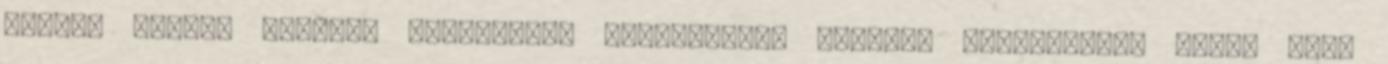
kicsit lejebb vannak. Köszönjük. KiadtaGergő Fazekas Megváltozta több, mint